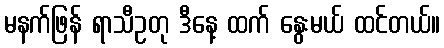
မနက်ဖြန် ရာသီဥတု ဒီနေ့ ထက် နွေးမယ် ထင်တယ်။